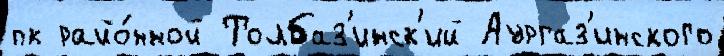
пк райо́нной Толбаз'инск'ий Аургаз'инского